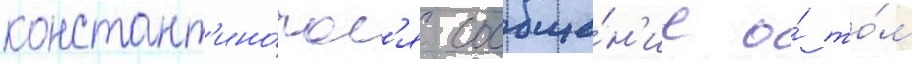
констант'ино́пол'я сообще́н'ие о́ то́м